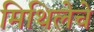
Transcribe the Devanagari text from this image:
मिथिलेचे